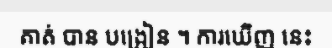
គាត់ បាន បង្រៀន ។ ការឃើញ នេះ